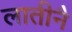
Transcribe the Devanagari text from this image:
लातीनै